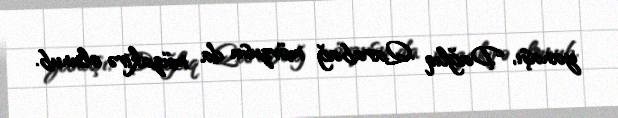
yanaşı, Dağlıq Qarabağ mövzusu da müzakirə olunub.